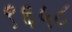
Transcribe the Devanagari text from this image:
९६५८